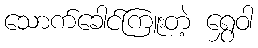
သောက်ခေါင်ကြူးတဲ့ ရွှေဝါ